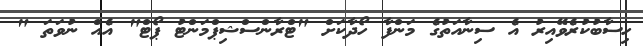
ހިސާބުކުރެވޭއިރު އެ ސިނާއަތުގެ މަންފާ ހޯދާކަށް "ޓްރާންސްޝިޕްމަންޓު ޕޯޓް" އެއް ނުވަތަ "